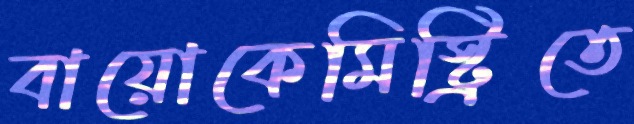
বায়োকেমিস্ট্রিতে